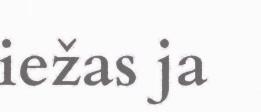
iežas ja